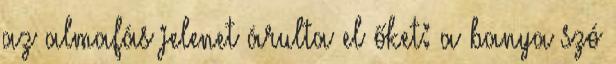
az almafás jelenet árulta el őket: a banya szó